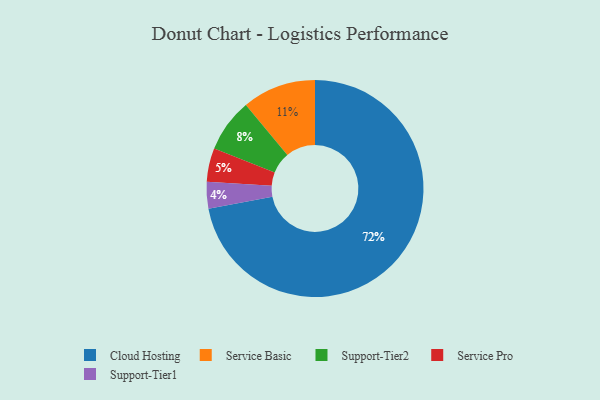
{"axis": {"x": "Category", "y": "Percentage"}, "legend": ["Cloud Hosting", "Service Basic", "Service Pro", "Support-Tier1", "Support-Tier2"], "data": [{"x": "Service Pro", "y": 5, "type": "Service Pro"}, {"x": "Service Basic", "y": 11, "type": "Service Basic"}, {"x": "Support-Tier1", "y": 4, "type": "Support-Tier1"}, {"x": "Support-Tier2", "y": 8, "type": "Support-Tier2"}, {"x": "Cloud Hosting", "y": 72, "type": "Cloud Hosting"}]}